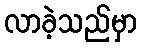
လာခဲ့သည်မှာ